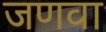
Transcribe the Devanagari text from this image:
जणवा